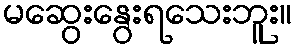
မဆွေးနွေးရသေးဘူး။